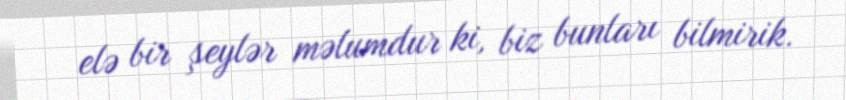
elə bir şeylər məlumdur ki, biz bunları bilmirik.